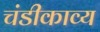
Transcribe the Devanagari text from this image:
चंडीकाव्य